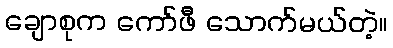
ချောစုက ကော်ဖီ သောက်မယ်တဲ့။